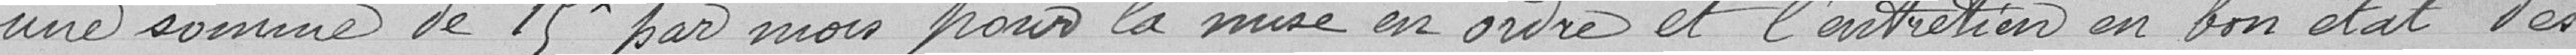
une somme de 15f par mois pour la mise en ordre et l'entretien en bon état des